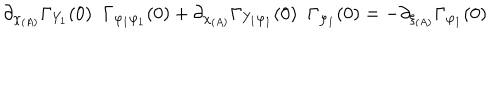
\partial _ { \chi _ { ( A ) } } \Gamma _ { Y _ { 1 } } ( 0 ) \; \; \Gamma _ { \varphi _ { 1 } \varphi _ { 1 } } ( 0 ) + \partial _ { \chi _ { ( A ) } } \Gamma _ { Y _ { 1 } \varphi _ { 1 } } ( 0 ) \; \; \Gamma _ { \varphi _ { 1 } } ( 0 ) = - \partial _ { \xi _ { ( A ) } } \Gamma _ { \varphi _ { 1 } } ( 0 )